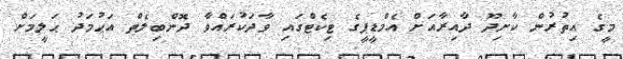
މީގެ އިތުރުން ކާށިދޫ ދާއިރާއަށް އެމްޑީޕީގެ ޓިކެޓްގައި ވާދަކުރައްވާ ދޮންބިލެތް އަޙުމަދު ޙަލީމަށް